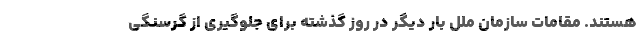
هستند. مقامات سازمان ملل بار دیگر در روز گذشته برای جلوگیری از گرسنگی